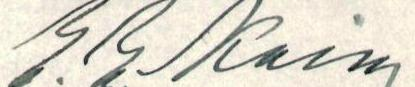
E. E. Kaila